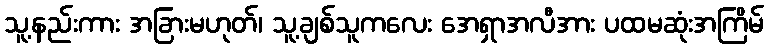
သူ့နည်းကား အခြားမဟုတ်၊ သူ့ချစ်သူကလေး အေရှာအလီအား ပထမဆုံးအကြိမ်